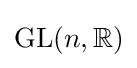
\mathrm {GL} (n,\mathbb {R} )